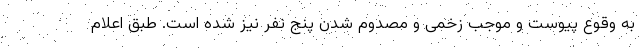
به وقوع پیوست و موجب زخمی و مصدوم شدن پنج نفر نیز شده است. طبق اعلام